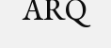
ARQ